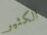
الكثير